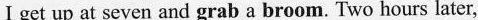
Ⅰ get up at seven and grab a broom. Two hours later,